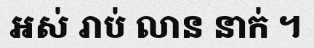
អស់ រាប់ លាន នាក់ ។